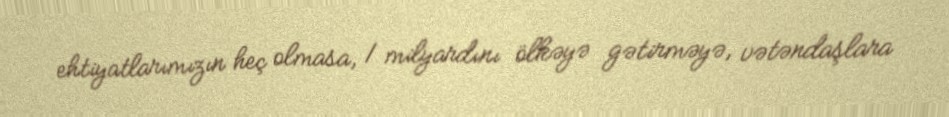
ehtiyatlarımızın heç olmasa, 1 milyardını ölkəyə gətirməyə, vətəndaşlara